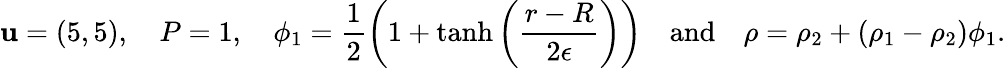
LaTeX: \textbf{u}=(5,5),\quad P=1,\quad\phi_{1}=\frac{1}{2}\bigg(1+\operatorname{tanh}\bigg(\frac{r-R}{2\epsilon}\bigg)\bigg)\quad\mathrm{and}\quad\rho=\rho_{2}+(\rho_{1}-\rho_{2})\phi_{1}.